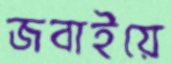
জবাইয়ে